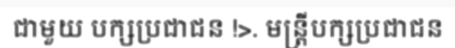
ជាមួយ បក្សប្រជាជន !>. មន្ត្រីបក្សប្រជាជន